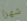
شهرا